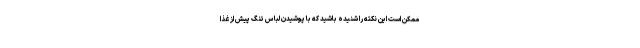
ممکن است این نکته را شنیده باشید که با پوشیدن لباس تنگ پیش از غذا